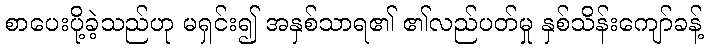
စာပေးပို့ခဲ့သည်ဟု မရှင်း၍ အနှစ်သာရ၏ ၏လည်ပတ်မှု နှစ်သိန်းကျော်ခန့်